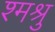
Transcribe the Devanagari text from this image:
श्मश्रु